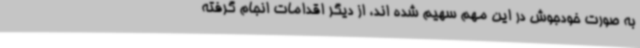
به صورت خودجوش در این مهم سهیم شده اند، از دیگر اقدامات انجام گرفته